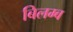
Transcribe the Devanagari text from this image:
बिलम्‍ब